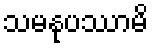
သမနုပဿာမိ